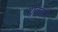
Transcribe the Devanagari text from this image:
रोकरने